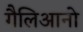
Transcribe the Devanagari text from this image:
गैलिआनो